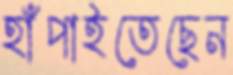
হাঁপাইতেছেন